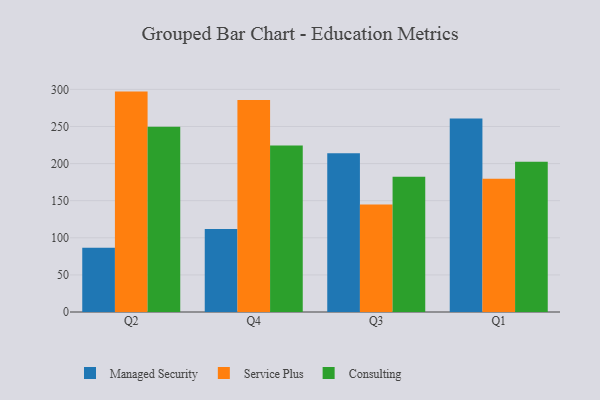
{"axis": {"x": "Quarter", "y": "Customer Acquisition Cost (USD)"}, "legend": ["Consulting", "Managed Security", "Service Plus"], "data": [{"x": "Q2", "y": 86.6, "type": "Managed Security"}, {"x": "Q2", "y": 297.0, "type": "Service Plus"}, {"x": "Q2", "y": 249.8, "type": "Consulting"}, {"x": "Q4", "y": 111.8, "type": "Managed Security"}, {"x": "Q4", "y": 285.8, "type": "Service Plus"}, {"x": "Q4", "y": 224.3, "type": "Consulting"}, {"x": "Q3", "y": 213.9, "type": "Managed Security"}, {"x": "Q3", "y": 144.7, "type": "Service Plus"}, {"x": "Q3", "y": 182.4, "type": "Consulting"}, {"x": "Q1", "y": 260.6, "type": "Managed Security"}, {"x": "Q1", "y": 179.6, "type": "Service Plus"}, {"x": "Q1", "y": 202.5, "type": "Consulting"}]}